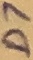
Text: D7